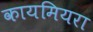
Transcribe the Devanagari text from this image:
कायमियरा